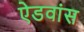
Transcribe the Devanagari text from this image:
ऐडवांस